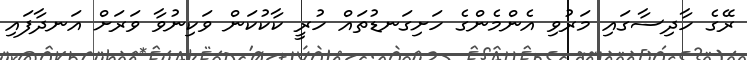
ރޭގެ ހާދިސާގައި މަރުވި އެންމެންގެ ހަށިގަނޑުތައް ހުރީ ކާކުކަން ވަކިނުވާ ވަރަށް އަނދާފައި